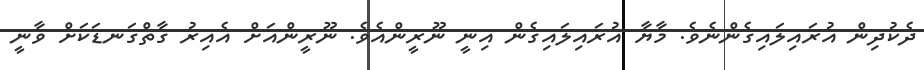
ދެކުދިން އުރައިލައިގެންނެވެ. މާޔާ އުރައިލައިގެން އިނީ ނޫރީންއެވެ. ނޫރީންއަށް އެއިރު ގާތްގަނޑަކަށް ވާނީ